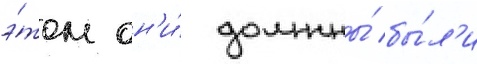
э́том он'и́ должны́ бы́л'и